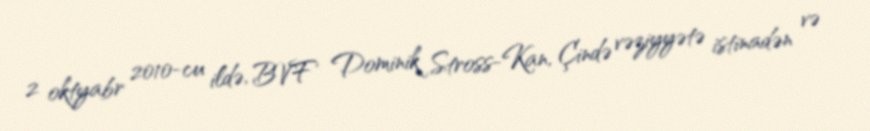
2 oktyabr 2010-cu ildə, BVF Dominik Stross-Kan, Çində vəziyyətə istinadən və